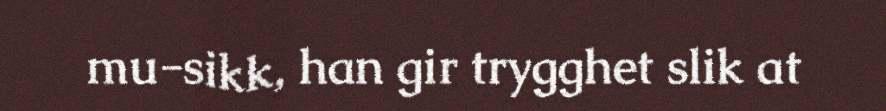
mu-sikk, han gir trygghet slik at